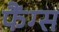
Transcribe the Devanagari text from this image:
फैंग्स